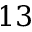
1 3